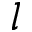
l